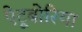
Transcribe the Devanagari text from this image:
ऐटूबोरिया